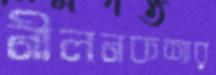
নীলনকশার